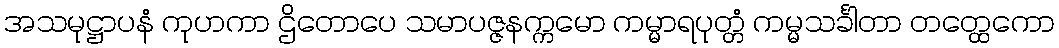
အသမုဋ္ဌာပနံ ကုဟကာ ဌိတောပေ သမာပဇ္ဇနက္ကမော ကမ္မာရပုတ္တံ ကမ္မသင်္ခါတာ တတ္ထေကော